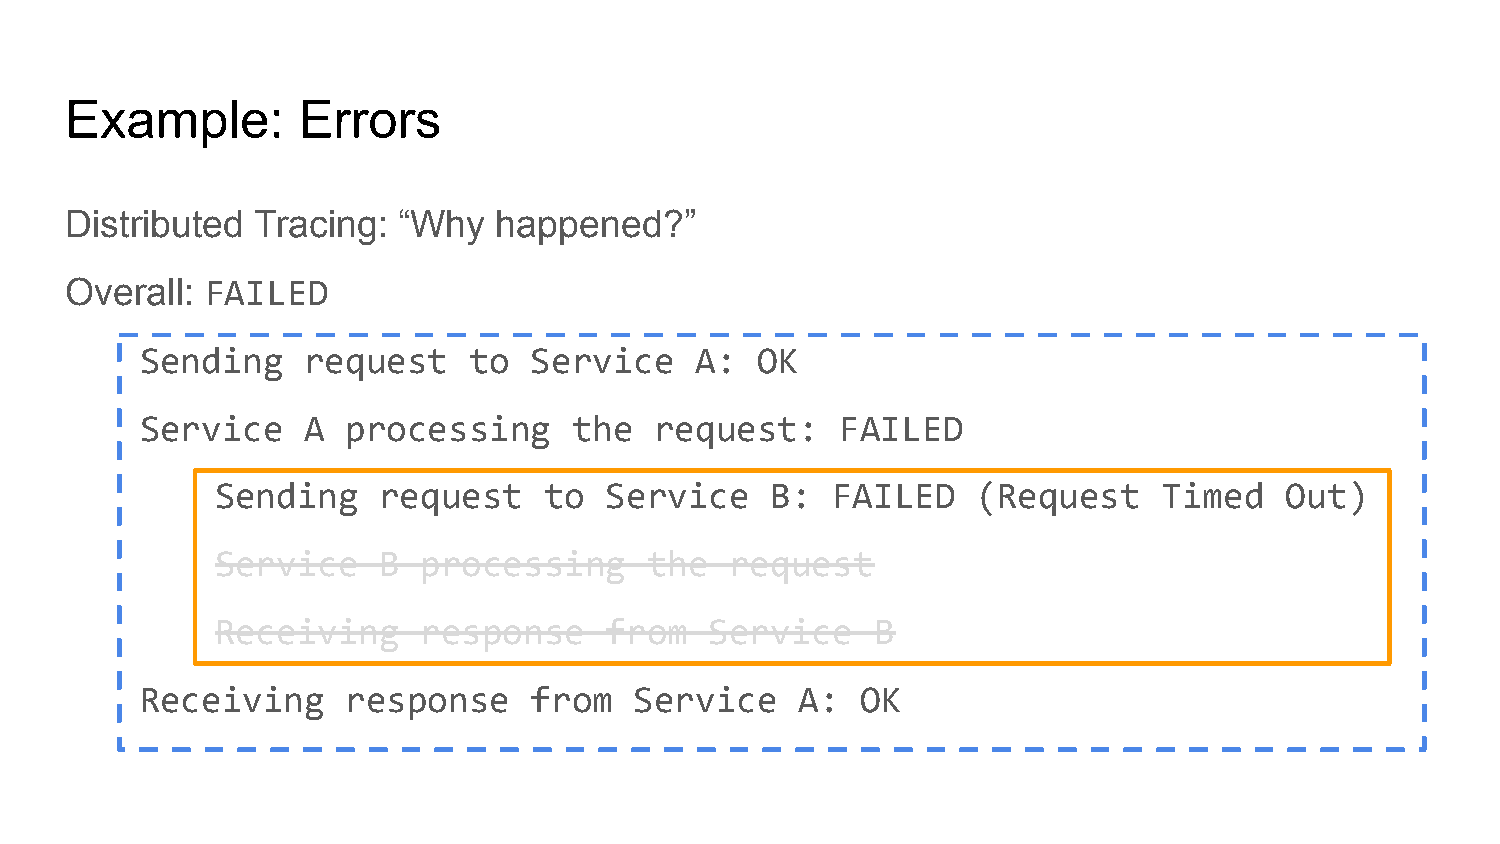
Example:        Errors
 Distributed  Tracing: “Why   happened?”
 Overall:  FAILED
 Sending    request    to  Service    A:  OK
 Service    A  processing     the  request:     FAILED
 Sending    request    to  Service    B:  FAILED    (Request    Timed   Out)
 Service    B  processing     the  request
 Receiving     response    from   Service    B
 Receiving     response    from   Service    A:  OK